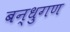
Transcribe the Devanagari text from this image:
बन्धुगण